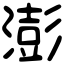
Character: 澎